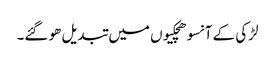
لڑکی کے آنسو ھچکیوں میں تبدیل ھو گئے۔